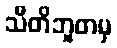
သီတိဘူတမှ